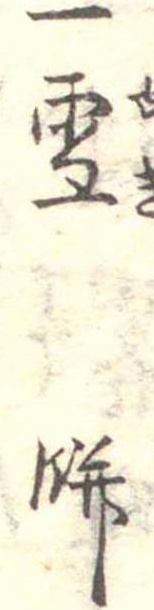
一雪餅